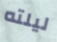
ليلته